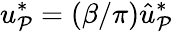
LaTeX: u_{\mathcal{P}}^{*}=(\beta/\pi)\hat{{u}}_{\mathcal{P}}^{*}